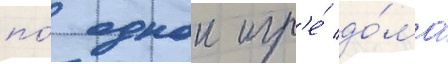
по́ однои игр'е́ до́ма